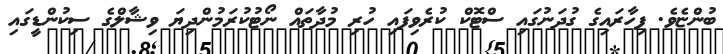
ބުންޏެވެ. ފިހާރައިގެ ގުދަނުގައި ސްޓޮކް ކުރެވިފައި ހުރި މުދާތައް ނޯޓުކުރަމުންދިޔަ ވިޝާލްގެ ސިކުންޑީގައި